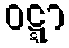
ဝဋ္ဋာ